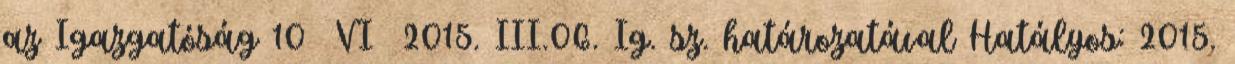
az Igazgatóság 10 VI 2015. III.06. Ig. sz. határozatával Hatályos: 2015.